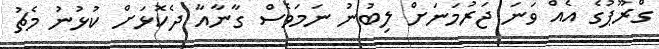
ގްރޫޕުގެ އެއް ވަނަ ޖަރުމަނަށް ލިބުނު ނަމަވެސް ގާނާއާ ދެކޮޅަށް ކުޅުނު މެޗު